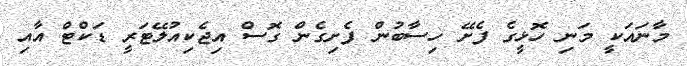
މާނައަކީ މަނި ހޮޅީގެ ފެށޭ ހިސާބުން ފެށިގެން ގޮސް އިޖެކިއުލޭޓަރީ ޑަކްޓް އާއި